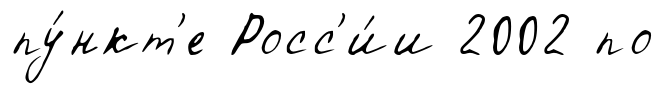
пу́нкт'е Росс'и́и 2002 по